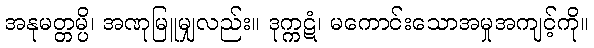
အနုမတ္တမ္ပိ၊ အဏုမြူမျှလည်း။ ဒုက္ကဋံ၊ မကောင်းသောအမှုအကျင့်ကို။